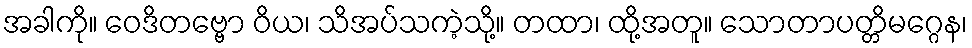
အခါကို။ ဝေဒိတဗ္ဗော ဝိယ၊ သိအပ်သကဲ့သို့။ တထာ၊ ထို့အတူ။ သောတာပတ္တိမဂ္ဂေန၊